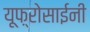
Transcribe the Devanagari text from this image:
यूफ़्रोसाईनी